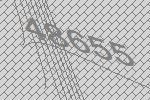
48655